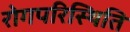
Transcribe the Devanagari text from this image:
रोगपरिस्थिति